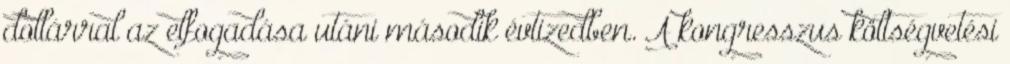
dollárral az elfogadása utáni második évtizedben. A kongresszus költségvetési